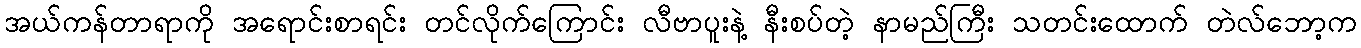
အယ်ကန်တာရာကို အရောင်းစာရင်း တင်လိုက်ကြောင်း လီဗာပူးနဲ့ နီးစပ်တဲ့ နာမည်ကြီး သတင်းထောက် တဲလ်ဘော့က